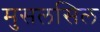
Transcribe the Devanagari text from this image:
मुसलसिल